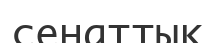
сенаттық